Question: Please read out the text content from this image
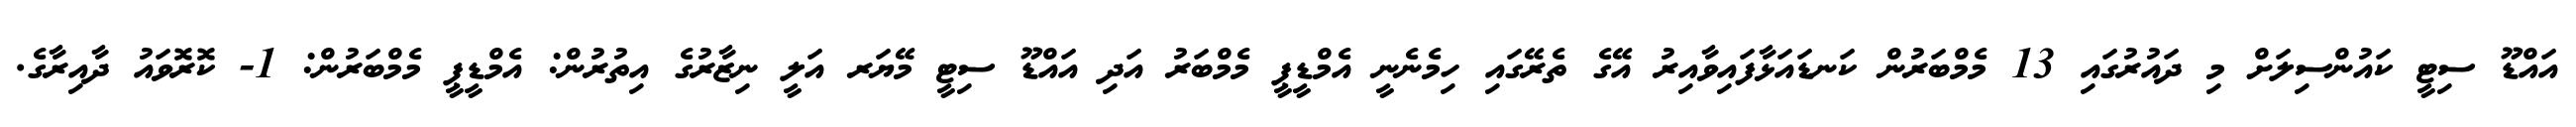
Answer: އައްޑޫ ސިޓީ ކައުންސިލަށް މި ދައުރުގައި 13 މެމްބަރުން ކަނޑައަޅާފައިވާއިރު އޭގެ ތެރޭގައި ހިމެނެނީ އެމްޑީޕީ މެމްބަރު އަދި އައްޑޫ ސިޓީ މޭޔަރ އަލީ ނިޒާރުގެ އިތުރުން: އެމްޑީޕީ މެމްބަރުން: 1- ކޮރޮވައު ދާއިރާގެ.